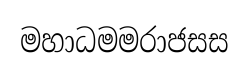
මහාධමමරාජසස